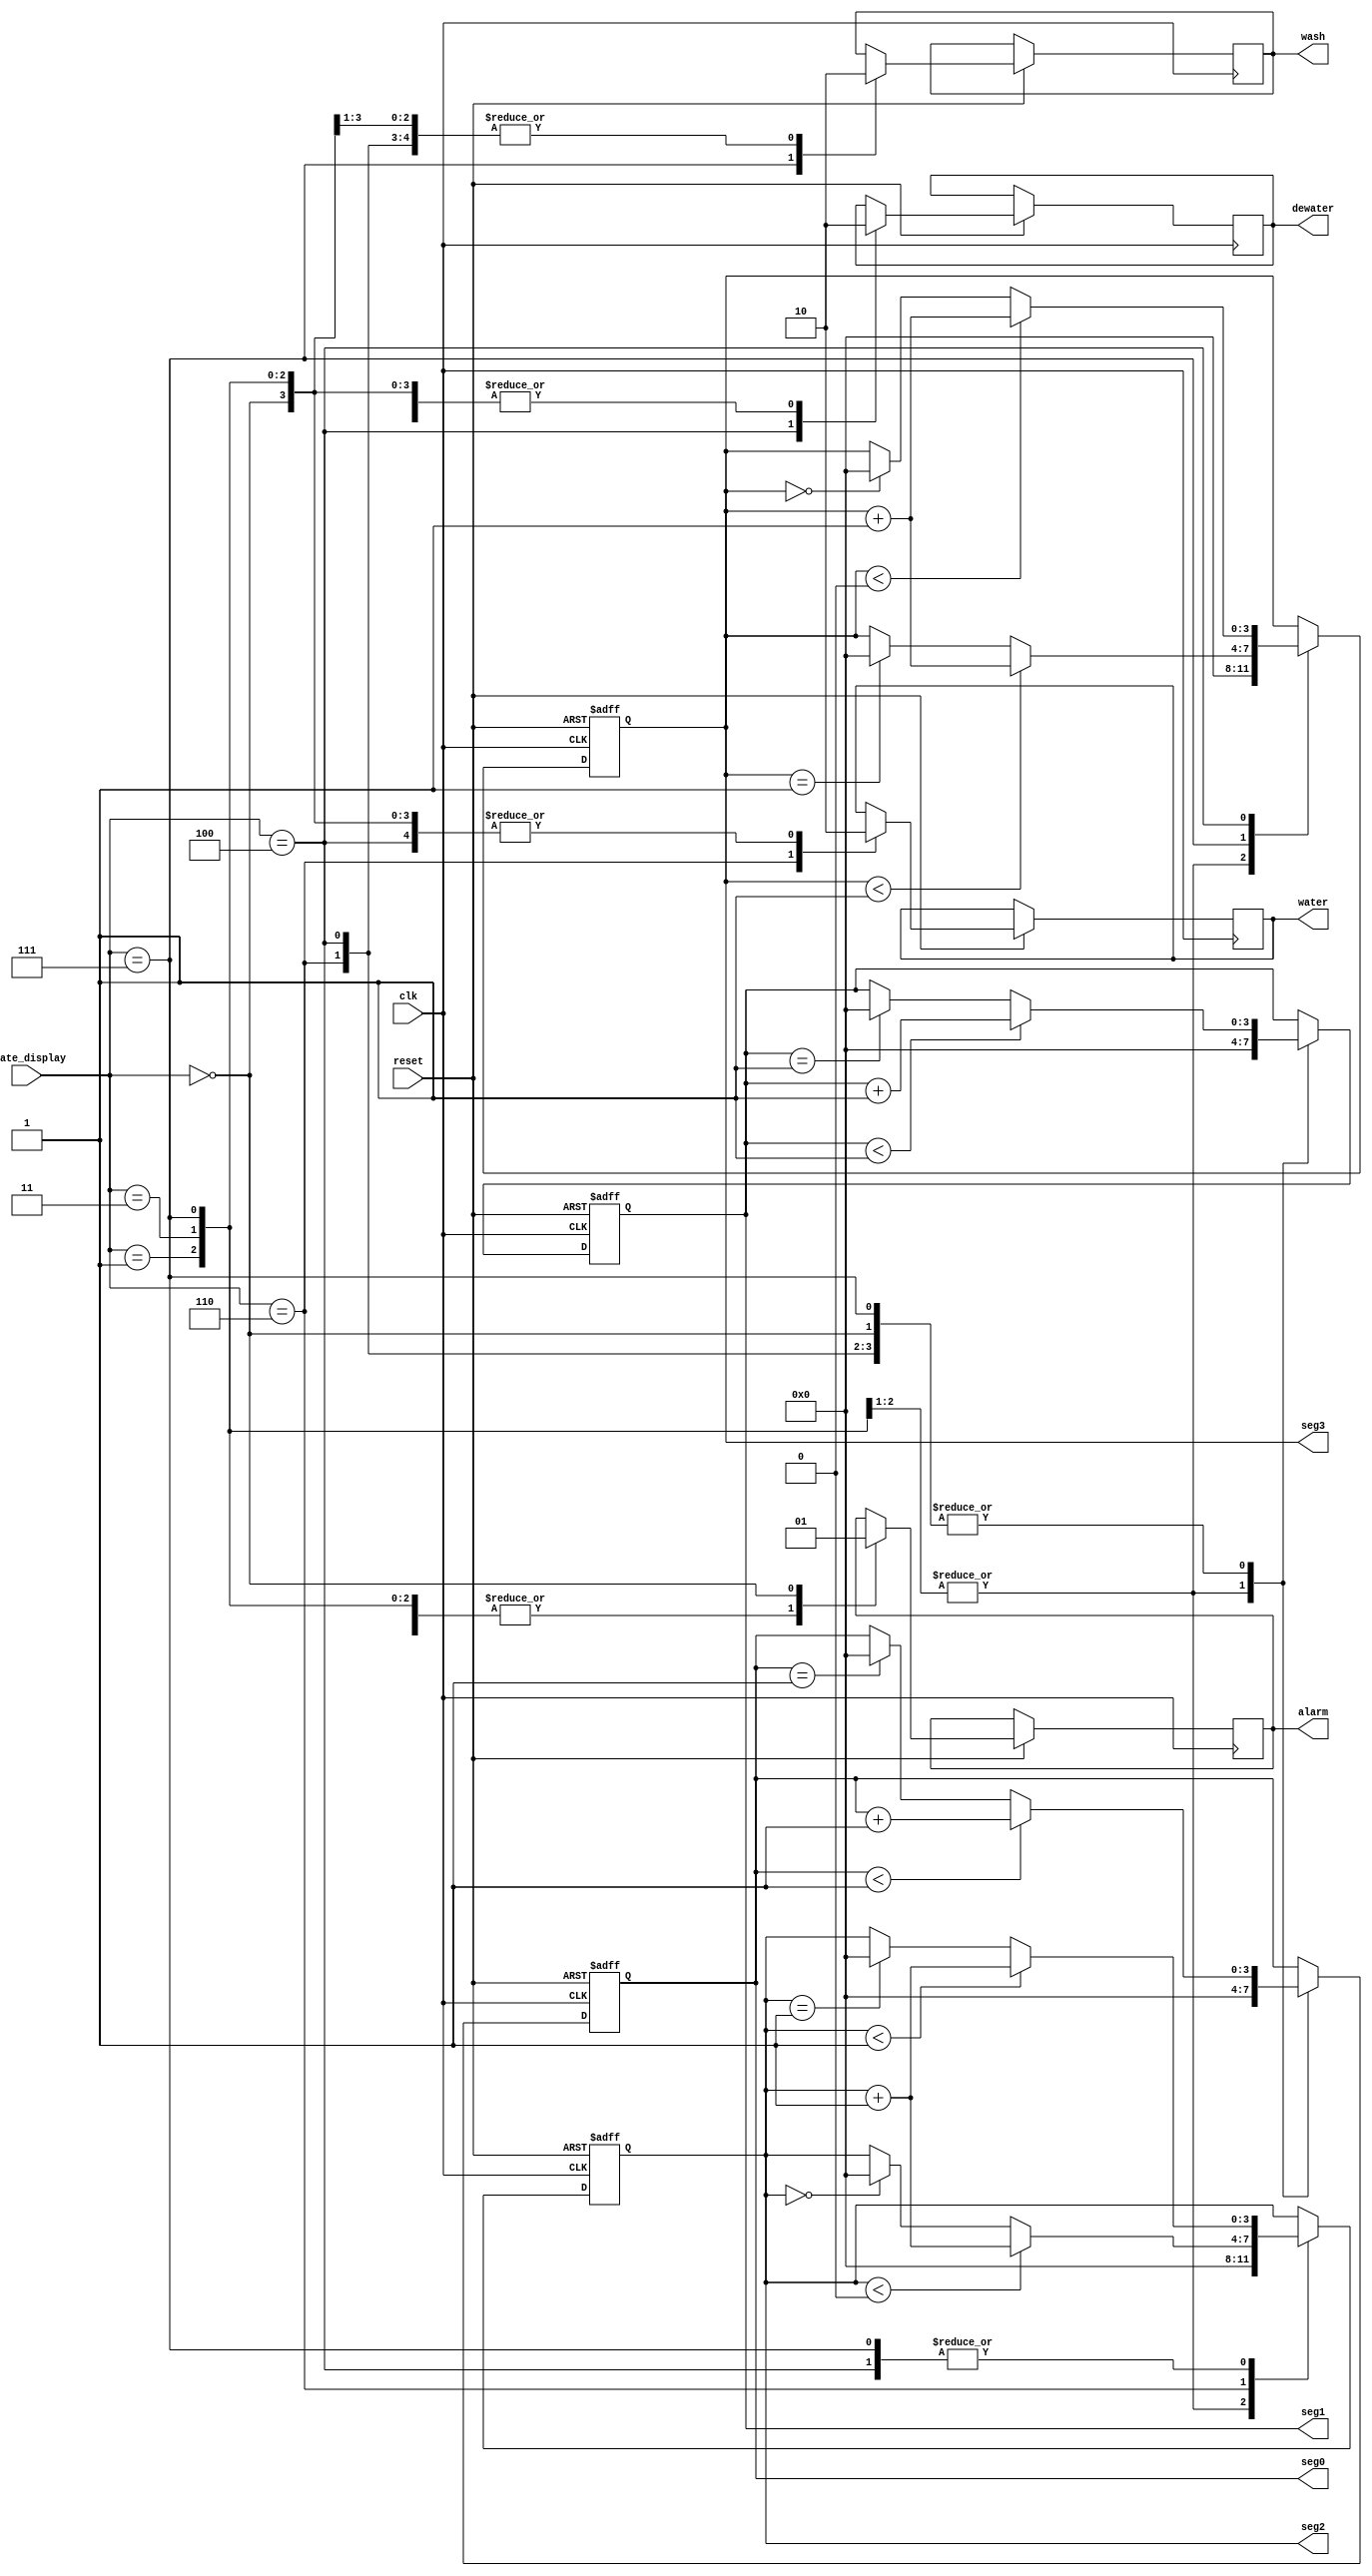
module TimeCounter(
	input wire clk,
	input wire reset,//复位信号低电平有效
	input wire [2:0] state_display,
	//输入状态从而对特定状态计时，并输出相应计时结束信号
	//下面的信号为高电平有效
	output wire wash, //漂洗时间
	output wire water,//放水时间
	output wire dewater,//脱水时间
	output wire alarm,//报警时间
	//四位数码管当前输出，从3到0是高位到低位
	output wire [3:0] seg3,
	output wire [3:0] seg2,
	output wire [3:0] seg1,
	output wire [3:0] seg0
);
//定义状态
parameter ST0 = 3'b001;//空闲态
parameter ST1 = 3'b011;//供水态
parameter ST2 = 3'b111;//漂洗态
parameter ST3 = 3'b110;//放水态
parameter ST4 = 3'b100;//脱水态
parameter ST5 = 3'b000;//报警态

//四位计数，从3到0分别是分钟、10秒、秒、0.1秒，赋初值
//10，6，10，10（从高到低对应进制）
//2^4=16满足要记10和6的位数
reg [3:0] ctseg3 = 4'b0000;
reg [3:0] ctseg2 = 4'b0000;
reg [3:0] ctseg1 = 4'b0000;
reg [3:0] ctseg0 = 4'b0000;

//高电平时间到信号，赋初值
reg washsig = 1'b0;//漂洗时间到信号
reg watersig = 1'b0;//防水时间到信号
reg dewatersig = 1'b0;//脱水时间到信号
reg alarmsig = 1'b0;//报警时间到信号

always @(posedge clk or negedge reset) begin
	if(reset == 1'b0) begin //复位信号低电平有效
		ctseg3 <= 4'b0000;
		ctseg2 <= 4'b0000;
		ctseg1 <= 4'b0000;
		ctseg0 <= 4'b0000;
	end else begin
			case (state_display)
				ST0: begin //空闲态
				//不计时
					ctseg3 <= 4'b0000;
					ctseg2 <= 4'b0000;
					ctseg1 <= 4'b0000;
					ctseg0 <= 4'b0000;
				//信号清零
					washsig <= 1'b0;
					watersig <= 1'b0;
					dewatersig <= 1'b0;
					alarmsig <= 1'b0;	
				end
				ST1: begin //供水态
				//不计时
					ctseg3 <= 4'b0000;
					ctseg2 <= 4'b0000;
					ctseg1 <= 4'b0000;
					ctseg0 <= 4'b0000;
				//信号清零
					washsig <= 1'b0;
					watersig <= 1'b0;
					dewatersig <= 1'b0;
					alarmsig <= 1'b0;	
				end
				ST2: begin //漂洗态
				//计时10min
//				
//					if(ctseg0<1'd9)begin
//					ctseg0 <= ctseg0 + 1'b1;
//					end else if (ctseg0==1'd9) begin
//					ctseg0 <= 4'b0000;
//					end
//					
//				if(ctseg1<1'd2)begin
//					ctseg1 <= ctseg1 + 1'b1;
//					end else if (ctseg1==1'd2) begin
//					ctseg1 <= 4'b0000;
//					end
				if(ctseg0<1'd9)begin
					ctseg0 <= ctseg0 + 1'b1;
					end else if (ctseg0==1'd9) begin
					ctseg0 <= 4'b0000;
					end
					
				if(ctseg1<1'd9)begin
					ctseg1 <= ctseg1 + 1'b1;
					end else if (ctseg1==1'd9) begin
					ctseg1 <= 4'b0000;
					end
					
				if(ctseg2<1'd5)begin
					ctseg2 <= ctseg2 + 1'b1;
					end else if (ctseg2==1'd5) begin
					ctseg2 <= 4'b0000;
					end
					
				if(ctseg3<1'd9)begin
					ctseg3 <= ctseg3 + 1'b1;
					end else if (ctseg3==1'd9) begin
					ctseg3 <= 4'b0000;
					end

				//漂洗信号
					washsig <= 1'b1;
					watersig <= 1'b0;
					dewatersig <= 1'b0;
					alarmsig <= 1'b0;	
				end
				ST3: begin //放水态
				//计时30s
//				if(ctseg0<1'd9)begin
//					ctseg0 <= ctseg0 + 1'b1;
//					end else if (ctseg0==1'd9) begin
//					ctseg0 <= 4'b0000;
//					end
//					
//				if(ctseg1<1'd3)begin
//					ctseg1 <= ctseg1 + 1'b1;
//					end else if (ctseg1==1'd3) begin
//					ctseg1 <= 4'b0000;
//					end

					
					if(ctseg0<1'd9)begin
					ctseg0 <= ctseg0 + 1'b1;
					end else if (ctseg0==1'd9) begin
					ctseg0 <= 4'b0000;
					end
					
				if(ctseg1<1'd9)begin
					ctseg1 <= ctseg1 + 1'b1;
					end else if (ctseg1==1'd9) begin
					ctseg1 <= 4'b0000;
					end
					
				if(ctseg2<1'd2)begin
					ctseg2 <= ctseg2 + 1'b1;
					end else if (ctseg2==1'd2) begin
					ctseg2 <= 4'b0000;
					end		
				//放水信号
					washsig <= 1'b0;
					watersig <= 1'b1;
					dewatersig <= 1'b0;
					alarmsig <= 1'b0;	
				end
				ST4: begin //脱水态
				//计时5min
				
//				if(ctseg0<1'd9)begin
//					ctseg0 <= ctseg0 + 1'b1;
//					end else if (ctseg0==1'd9) begin
//					ctseg0 <= 4'b0000;
//					end
//					
//				if(ctseg1<1'd4)begin
//					ctseg1 <= ctseg1 + 1'b1;
//					end else if (ctseg1==1'd4) begin
//					ctseg1 <= 4'b0000;
//					end

				if(ctseg0<1'd9)begin
					ctseg0 <= ctseg0 + 1'b1;
					end else if (ctseg0==1'd9) begin
					ctseg0 <= 4'b0000;
					end
					
				if(ctseg1<1'd9)begin
					ctseg1 <= ctseg1 + 1'b1;
					end else if (ctseg1==1'd9) begin
					ctseg1 <= 4'b0000;
					end
					
				if(ctseg2<1'd5)begin
					ctseg2 <= ctseg2 + 1'b1;
					end else if (ctseg2==1'd5) begin
					ctseg2 <= 4'b0000;
					end
					
				if(ctseg3<1'd4)begin
					ctseg3 <= ctseg3 + 1'b1;
					end else if (ctseg3==1'd4) begin
					ctseg3 <= 4'b0000;
					end
				//脱水信号
					washsig <= 1'b0;
					watersig <= 1'b0;
					dewatersig <= 1'b1;
					alarmsig <= 1'b0;	
				end
				ST5: begin //报警态
				//计时10s
				if(ctseg0<1'd9)begin
					ctseg0 <= ctseg0 + 1'b1;
					end else if (ctseg0==1'd9) begin
					ctseg0 <= 4'b0000;
					end
					
				if(ctseg1<1'd9)begin
					ctseg1 <= ctseg1 + 1'b1;
					end else if (ctseg1==1'd9) begin
					ctseg1 <= 4'b0000;
					end

				//报警信号
					washsig <= 1'b0;
					watersig <= 1'b0;
					dewatersig <= 1'b0;
					alarmsig <= 1'b1;	
				end
				default:begin

				end
			endcase
		end
		
	end
	
	assign seg3 = ctseg3;
	assign seg2 = ctseg2;
	assign seg1 = ctseg1;
	assign seg0 = ctseg0;
	
	assign wash = washsig;
	assign water = watersig;
	assign dewater = dewatersig;
	assign alarm = alarmsig;
	
endmodule